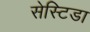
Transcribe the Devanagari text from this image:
सेस्टिडा